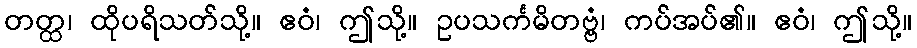
တတ္ထ၊ ထိုပရိသတ်သို့။ ဧဝံ၊ ဤသို့။ ဥပသင်္ကမိတဗ္ဗံ၊ ကပ်အပ်၏။ ဧဝံ၊ ဤသို့။